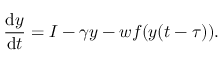
\frac { \mathrm { d } y } { \mathrm { d } t } = I - \gamma y - w f ( y ( t - \tau ) ) .